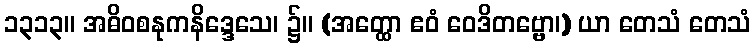
၁၃၁၃။ အဓိဝစနုကနိဒ္ဒေသေ၊ ၌။ (အတ္ထော ဧဝံ ဝေဒိတဗ္ဗော၊) ယာ တေသံ တေသံ